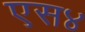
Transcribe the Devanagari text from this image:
एस४